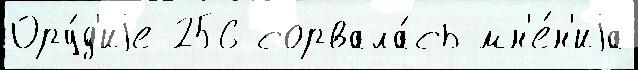
Ору́д'иjе 256 сорвала́сь мн'е́н'иjа